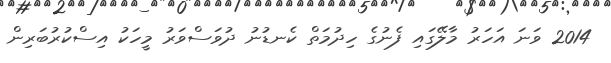
2014 ވަނަ އަހަރު މާލޭގައި ފެނުގެ ހިދުމަތް ކެނޑުނު ދުވަސްވަރު މީހަކު އިސްކުރުބަރިން